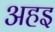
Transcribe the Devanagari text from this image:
अहइ